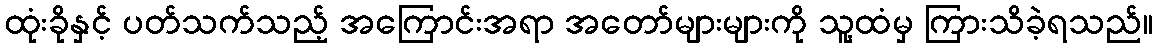
ထုံးခိုနှင့် ပတ်သက်သည့် အကြောင်းအရာ အတော်များများကို သူ့ထံမှ ကြားသိခဲ့ရသည်။